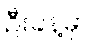
ဦးခန့်မှာ